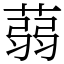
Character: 蒻